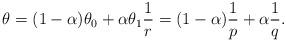
LaTeX: \begin{align*}\theta = (1-\alpha) \theta_0 + \alpha \theta_1 \frac{1}{r} = (1-\alpha) \frac{1}{p} + \alpha \frac{1}{q}.\end{align*}